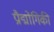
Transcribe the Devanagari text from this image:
प्रौद्मोगिकी